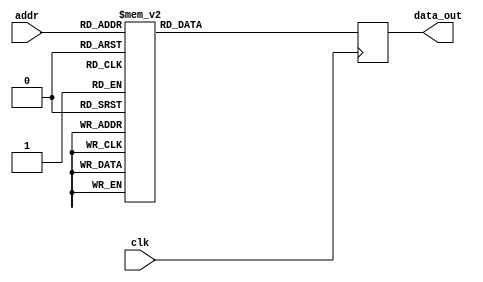
module rom1(clk,addr,data_out);
input clk;
input [3:0] addr;

output reg [10:0] data_out;

always @(posedge clk) 
	case(addr)
		4'b0000: data_out=11'b00111110110;
		4'b0001: data_out=11'b00110101001;
		4'b0010: data_out=11'b00100011100;
		4'b0011: data_out=11'b00000100100;
		4'b0100: data_out=11'b11110011101;
		4'b0101: data_out=11'b00101101010; 
		4'b0110: data_out=11'b00101101010;
		4'b0111: data_out=11'b00101101010;
		4'b1000: data_out=11'b00101101010; 
		4'b1001: data_out=11'b00101101010;
		4'b1010: data_out=11'b00101101010;
		4'b1011: data_out=11'b00101101010;
		4'b1100: data_out=11'b00101101010;
		4'b1101: data_out=11'b00101101010;
		4'b1110: data_out=11'b00101101010;
		4'b1111: data_out=11'b00101101010;
		default: data_out=11'b00101101010;
	endcase 

endmodule